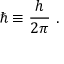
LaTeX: \hbar \equiv { \frac { h } { 2 \pi } } ~ .